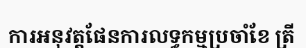
ការអនុវត្តផែនការលទ្ធកម្មប្រចាំខែ ត្រី